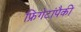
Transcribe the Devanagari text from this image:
फ्रिगेटांपैकी